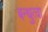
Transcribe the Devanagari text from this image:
बन्धुत्वा